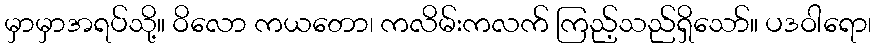
မှာမှာအရပ်သို့။ ဝိလော ကယတော၊ ကလိမ်းကလက် ကြည့်သည်ရှိသော်။ ပဒဝါရော၊